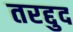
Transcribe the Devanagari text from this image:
तरद्दुद